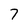
Character: 7